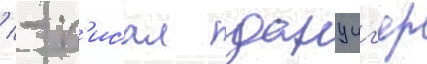
/ - п'исал данциг'ер